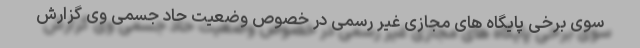
سوی برخی پایگاه های مجازی غیر رسمی در خصوص وضعیت حاد جسمی وی گزارش